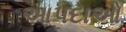
આપદાઓ